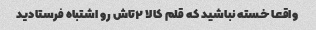
واقعا خسته نباشید که قلم کالا ٢تاش رو اشتباه فرستادید